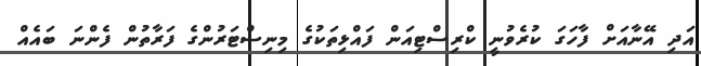
އަދި އޭނާއަށް ފާހަގަ ކުރެވުނީ ކްރިސްޓިއަން ފައްޅިތަކުގެ މިނިސްޓަރުންގެ ފަރާތުން ފެންނަ ބައެއް